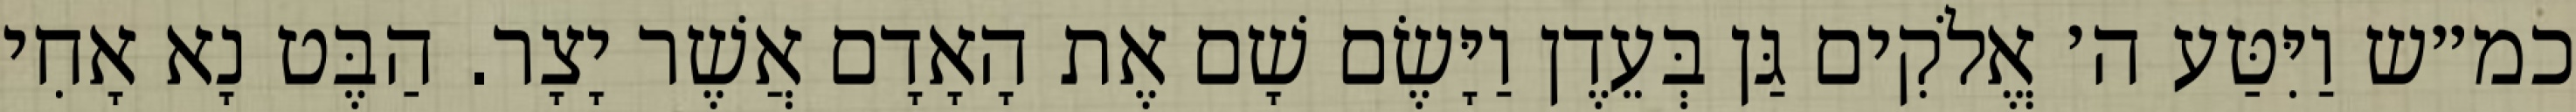
כמ״ש וַיִּטַּע ה׳ אֱלֹקִים גַּן בְּעֵדֶן וַיָּשֶׂם שָׁם אֶת הָאָדָם אֲשֶׁר יָצָר. הַבֶּט נָא אָחִי